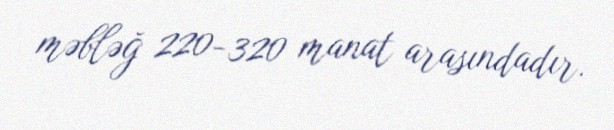
məbləğ 220-320 manat arasındadır.